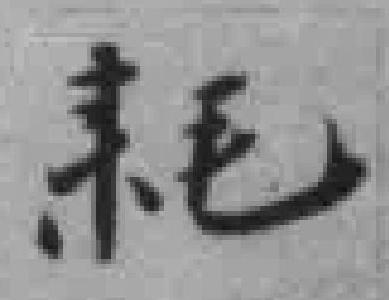
耗